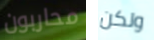
محاربون ولكن